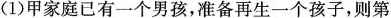
(1)甲家庭已有一个男孩，准备再生一个孩子,则第